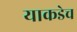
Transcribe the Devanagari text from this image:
याकडेच